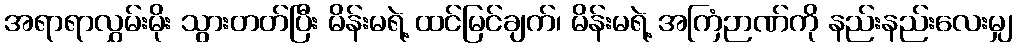
အရာရာလွှမ်းမိုး သွားတတ်ပြီး မိန်းမရဲ့ ထင်မြင်ချက်၊ မိန်းမရဲ့ အကြံဉာဏ်ကို နည်းနည်းလေးမျှ